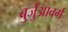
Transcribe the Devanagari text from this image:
बुर्जुआवर्ग